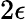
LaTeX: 2\epsilon